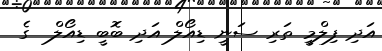
އަދި ފިލްމީ ތަރި ސަނީ ޑިއޯލް އަދި ބޮބީ ޑިއޯލް  ގެ